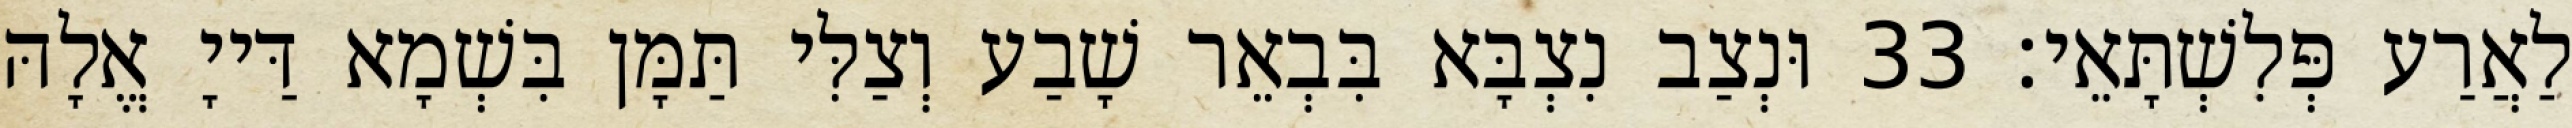
לַאֲרַע פְּלִשְׁתָּאֵי׃ 33 וּנְצַב נִצְבָּא בִּבְאֵר שָׁבַע וְצַלִּי תַּמָּן בִּשְׁמָא דַּייָ אֱלָהּ